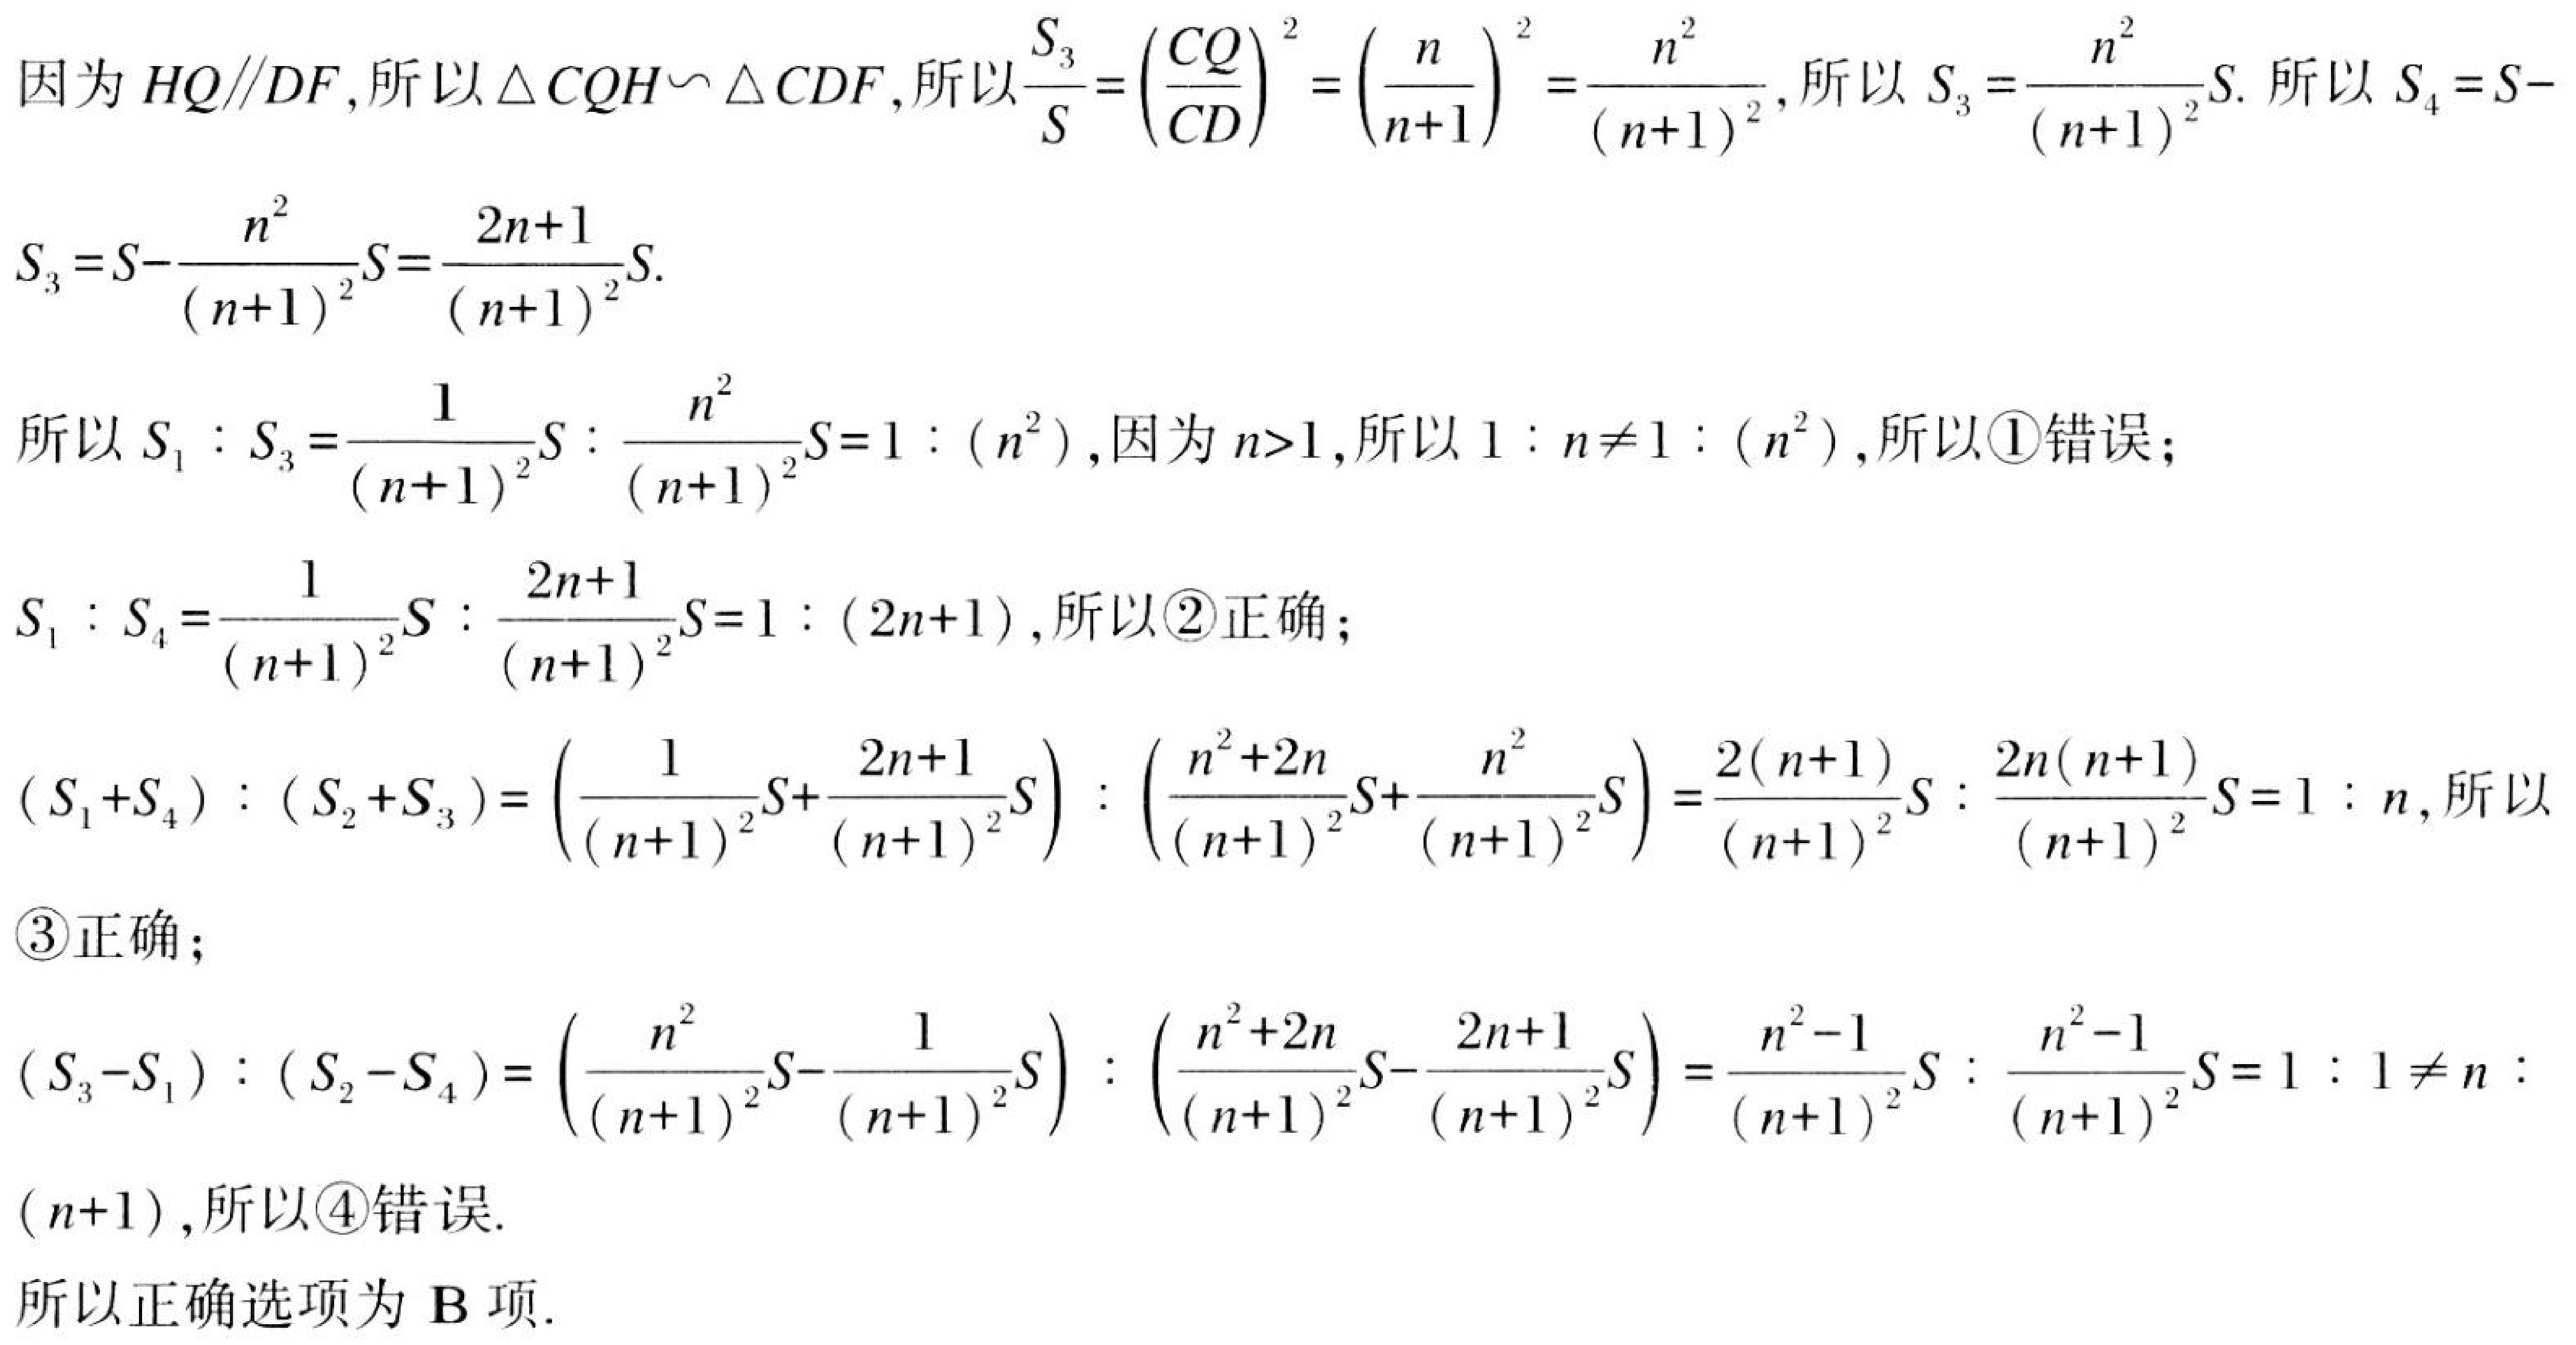
因为 \(HQ\parallel DF\),所以 \(\triangle CQH\sim\triangle CDF\),所以 \(\frac{S_{3}}{S}=(\frac{CQ}{CD})^{2}=(\frac{n}{n + 1})^{2}=\frac{n^{2}}{(n + 1)^{2}}\),所以 \(S_{3}=\frac{n^{2}}{(n + 1)^{2}}S\). 所以 \(S_{4}=S - \)
\(S_{3}=S-\frac{n^{2}}{(n + 1)^{2}}S=\frac{2n + 1}{(n + 1)^{2}}S\).

所以 \(S_{1}:S_{3}=\frac{1}{(n + 1)^{2}}S:\frac{n^{2}}{(n + 1)^{2}}S = 1:(n^{2})\),因为 \(n>1\),所以 \(1:n\neq1:(n^{2})\),所以\textcircled{1}错误；
\(S_{1}:S_{4}=\frac{1}{(n + 1)^{2}}S:\frac{2n + 1}{(n + 1)^{2}}S = 1:(2n + 1)\),所以\textcircled{2}正确；
\((S_{1}+S_{4}):(S_{2}+S_{3})=(\frac{1}{(n + 1)^{2}}S+\frac{2n + 1}{(n + 1)^{2}}S):(\frac{n^{2}+2n}{(n + 1)^{2}}S+\frac{n^{2}}{(n + 1)^{2}}S)=\frac{2(n + 1)}{(n + 1)^{2}}S:\frac{2n(n + 1)}{(n + 1)^{2}}S = 1:n\),所以
\textcircled{3}正确；
\((S_{3}-S_{1}):(S_{2}-S_{4})=(\frac{n^{2}}{(n + 1)^{2}}S-\frac{1}{(n + 1)^{2}}S):(\frac{n^{2}+2n}{(n + 1)^{2}}S-\frac{2n + 1}{(n + 1)^{2}}S)=\frac{n^{2}-1}{(n + 1)^{2}}S:\frac{n^{2}-1}{(n + 1)^{2}}S = 1:1\neq n:\)
\((n + 1)\),所以\textcircled{4}错误.

所以正确选项为 \(\text{B}\) 项.